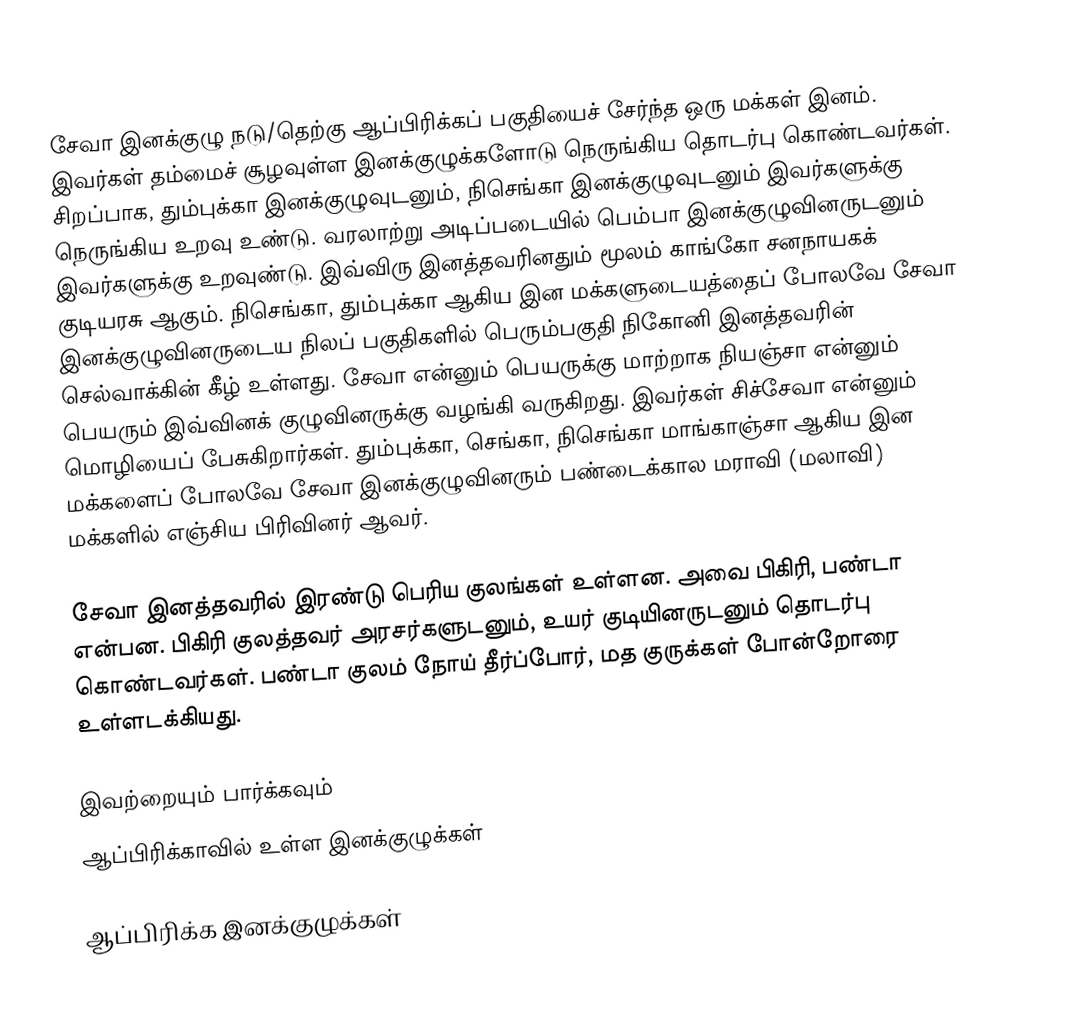
சேவா இனக்குழு நடு/தெற்கு ஆப்பிரிக்கப் பகுதியைச் சேர்ந்த ஒரு மக்கள் இனம். இவர்கள் தம்மைச் சூழவுள்ள இனக்குழுக்களோடு நெருங்கிய தொடர்பு கொண்டவர்கள். சிறப்பாக, தும்புக்கா இனக்குழுவுடனும், நிசெங்கா இனக்குழுவுடனும் இவர்களுக்கு நெருங்கிய உறவு உண்டு. வரலாற்று அடிப்படையில் பெம்பா இனக்குழுவினருடனும் இவர்களுக்கு உறவுண்டு. இவ்விரு இனத்தவரினதும் மூலம் காங்கோ சனநாயகக் குடியரசு ஆகும். நிசெங்கா, தும்புக்கா ஆகிய இன மக்களுடையத்தைப் போலவே சேவா இனக்குழுவினருடைய நிலப் பகுதிகளில் பெரும்பகுதி நிகோனி இனத்தவரின் செல்வாக்கின் கீழ் உள்ளது. சேவா என்னும் பெயருக்கு மாற்றாக நியஞ்சா என்னும் பெயரும் இவ்வினக் குழுவினருக்கு வழங்கி வருகிறது. இவர்கள் சிச்சேவா என்னும் மொழியைப் பேசுகிறார்கள். தும்புக்கா, செங்கா, நிசெங்கா மாங்காஞ்சா ஆகிய இன மக்களைப் போலவே சேவா இனக்குழுவினரும் பண்டைக்கால மராவி (மலாவி) மக்களில் எஞ்சிய பிரிவினர் ஆவர்.

சேவா இனத்தவரில் இரண்டு பெரிய குலங்கள் உள்ளன. அவை பிகிரி, பண்டா என்பன. பிகிரி குலத்தவர் அரசர்களுடனும், உயர் குடியினருடனும் தொடர்பு கொண்டவர்கள். பண்டா குலம் நோய் தீர்ப்போர், மத குருக்கள் போன்றோரை உள்ளடக்கியது.

இவற்றையும் பார்க்கவும்
 ஆப்பிரிக்காவில் உள்ள இனக்குழுக்கள்

ஆப்பிரிக்க இனக்குழுக்கள்